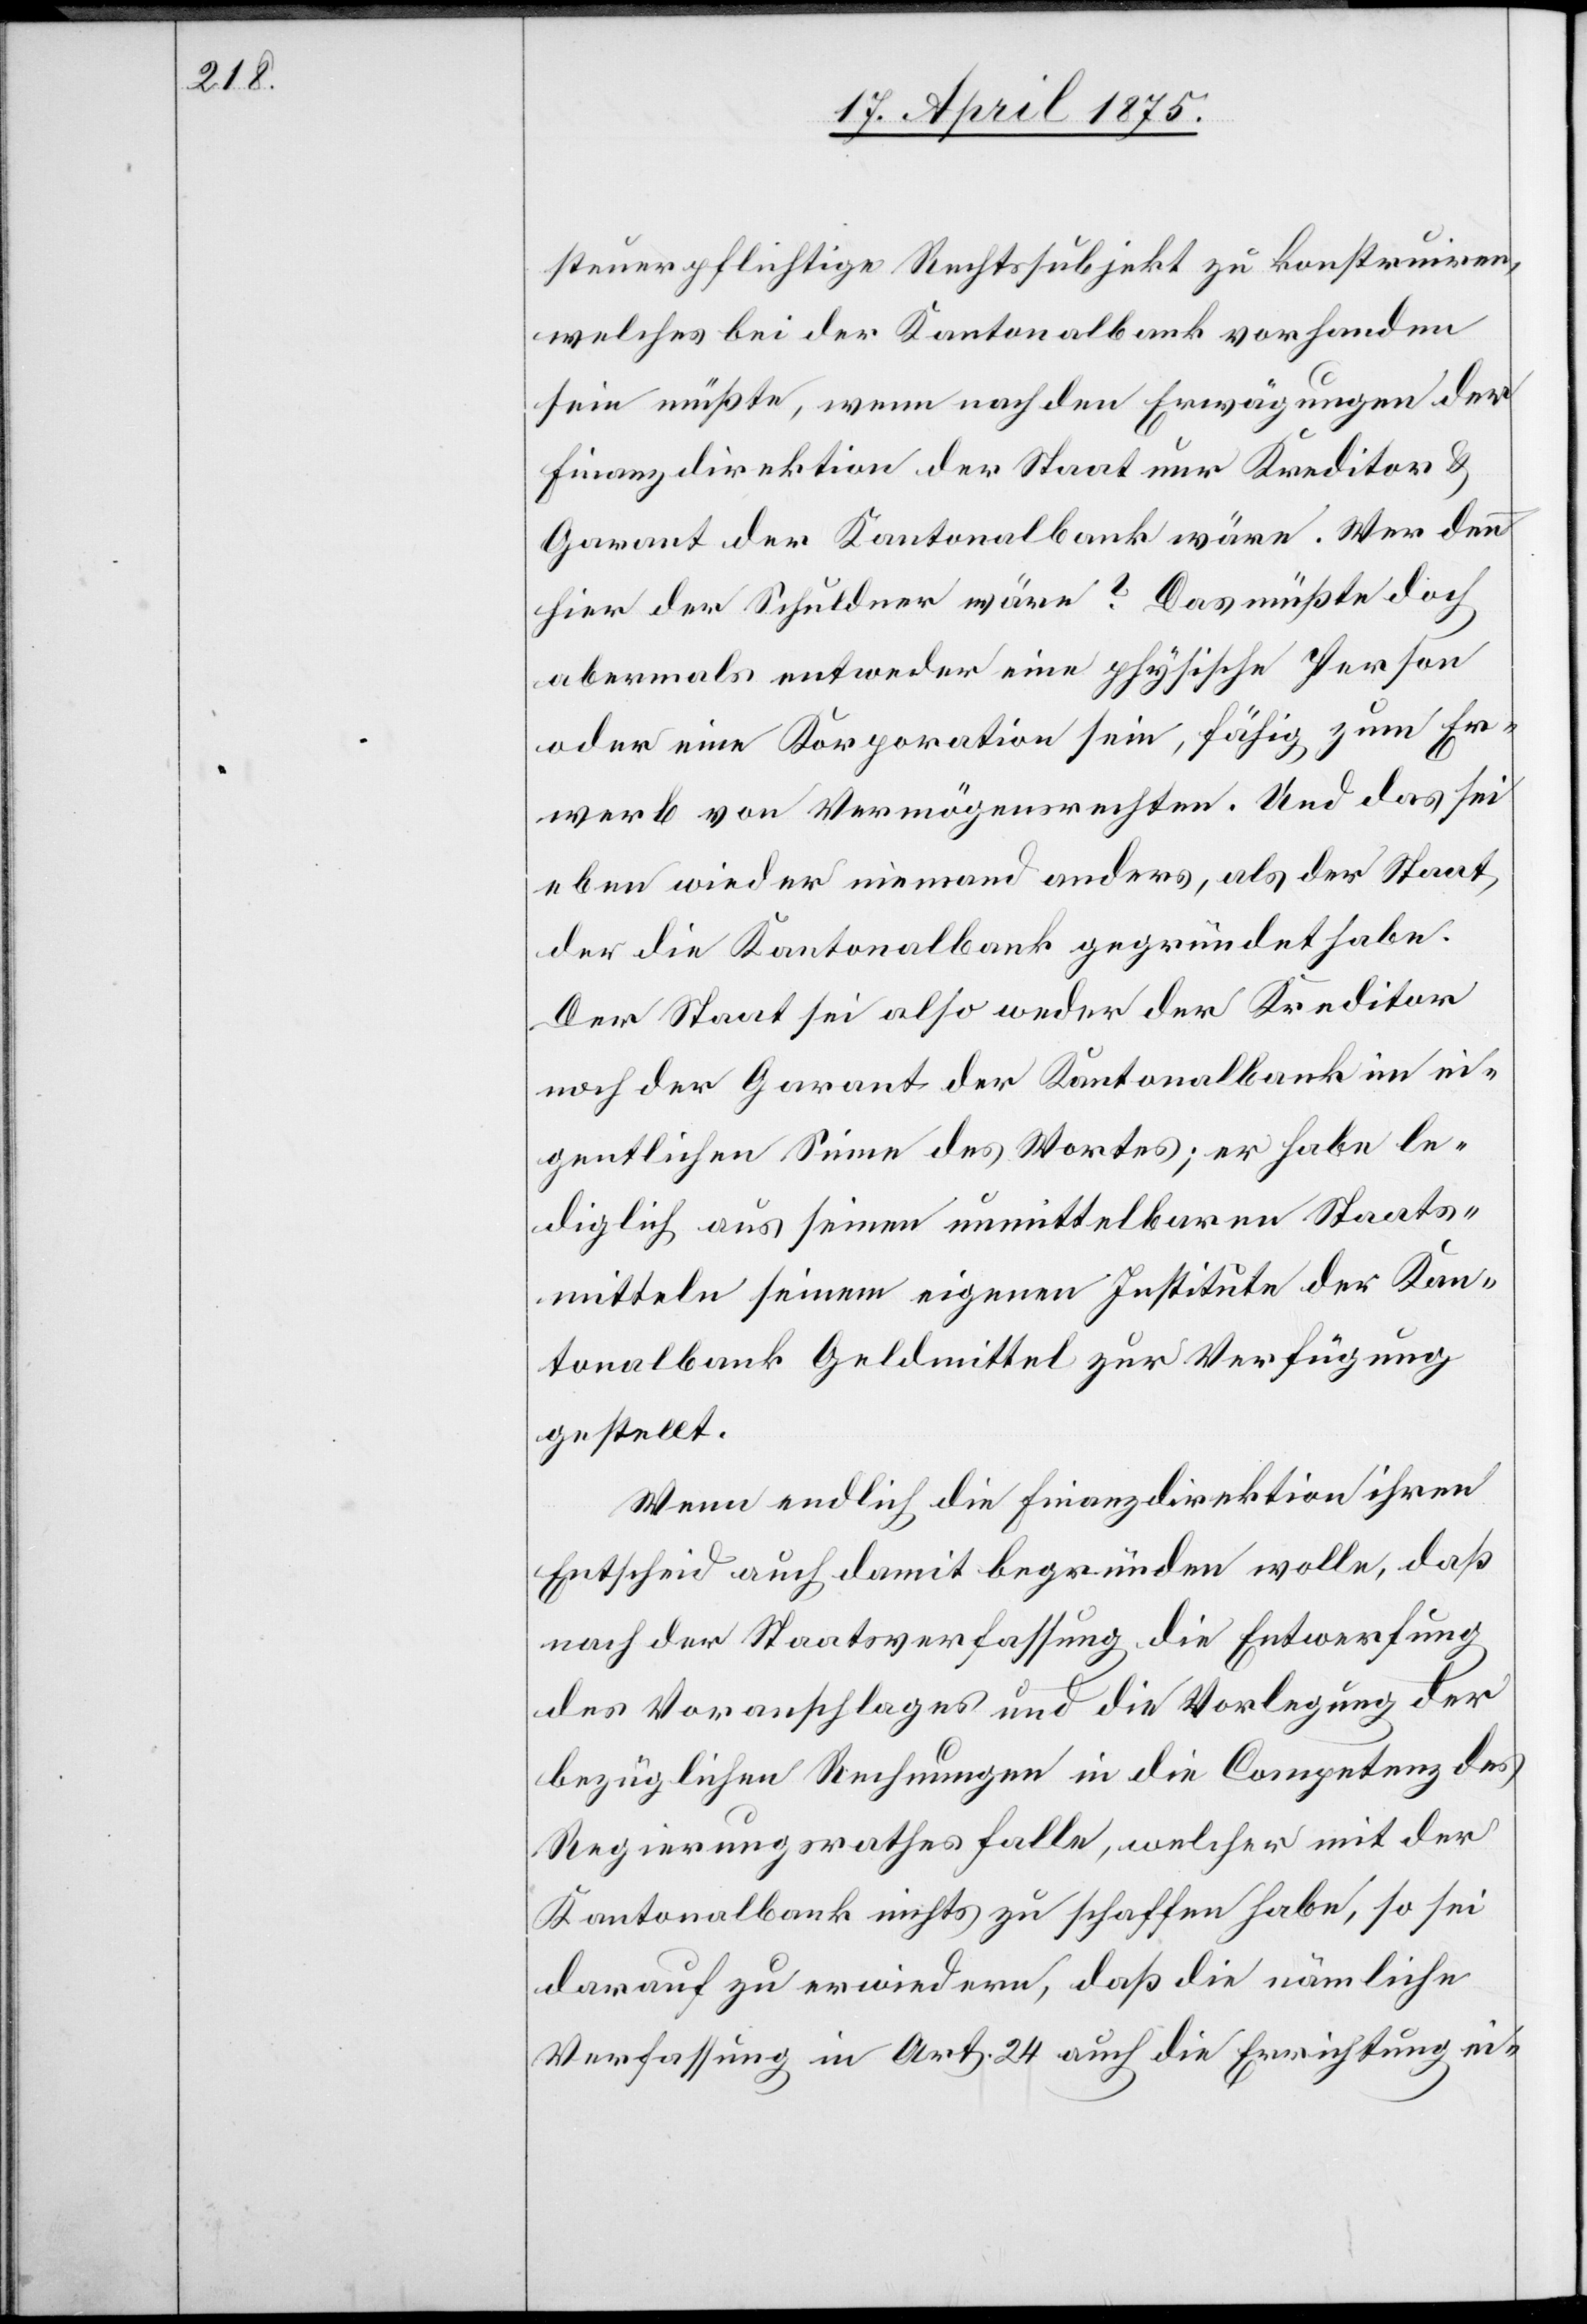
steuerpflichtige Rechtssubjekt zu konstruiren,
welches bei der Kantonalbank vorhanden
sein müßte, wenn nach den Erwägungen der
Finanzdirektion der Staat nur Kreditor &
Garant der Kantonalbank wäre. Wer denn
hier der Schuldner wäre? Das müßte doch
abermals entweder eine physische Person
oder eine Korporation sein, fähig zum Er¬
werb von Vermögensrechten. Und das sei
eben wieder niemand anders als der Staat,
der die Kantonalbank gegründet habe.
Der Staat sei also weder der Kreditor
noch der Garant der Kantonalbank im ei¬
gentlichen Sinne des Wortes; er habe le¬
diglich aus seinen unmittelbaren Staats¬
mitteln seinem eigenen Institute der Kan¬
tonalbank Geldmittel zur Verfügung
gestellt.
Wenn endlich die Finanzdirektion ihren
Entscheid auch damit begründen wolle, daß
nach der Staatsverfassung die Entwerfung
des Voranschlages und die Vorlegung der
bezüglichen Rechnungen in die Competenz des
Regierungsrathes falle, welcher mit der
Kantonalbank nichts zu schaffen habe, so sei
darauf zu erwiedern, daß die nämliche
Verfassung in Art. 24 auch die Errichtung ei-